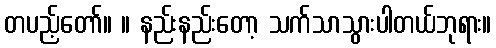
တပည့်တော်။ ။ နည်းနည်းတော့ သက်သာသွားပါတယ်ဘုရား။